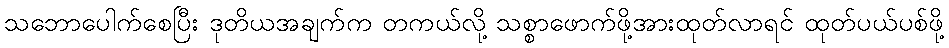
သဘောပေါက်စေပြီး ဒုတိယအချက်က တကယ်လို့ သစ္စာဖောက်ဖို့အားထုတ်လာရင် ထုတ်ပယ်ပစ်ဖို့